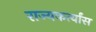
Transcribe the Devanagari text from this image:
राज्यकर्त्यांस